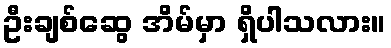
ဦးချစ်ဆွေ အိမ်မှာ ရှိပါသလား။